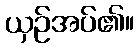
ယှဉ်အပ်၏။